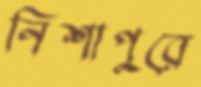
নিশাপুরে